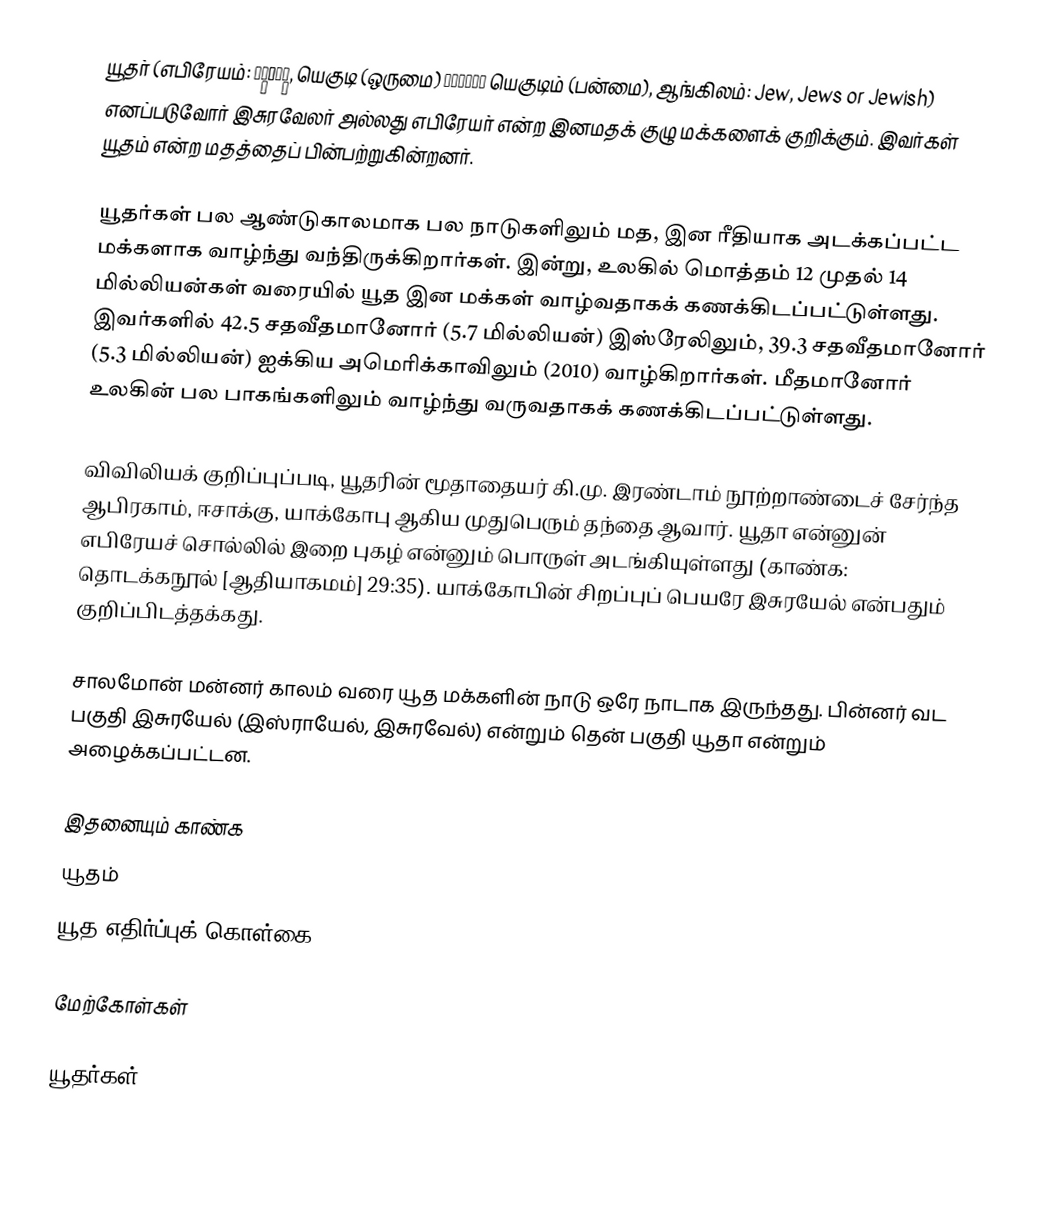
யூதர் (எபிரேயம்: יְהוּדִי, யெகுடி (ஒருமை) יהודים யெகுடிம் (பன்மை), ஆங்கிலம்: Jew, Jews or Jewish) எனப்படுவோர் இசுரவேலர் அல்லது எபிரேயர் என்ற இனமதக் குழு மக்களைக் குறிக்கும். இவர்கள் யூதம் என்ற மதத்தைப் பின்பற்றுகின்றனர்.

யூதர்கள் பல ஆண்டுகாலமாக பல நாடுகளிலும் மத, இன ரீதியாக அடக்கப்பட்ட மக்களாக வாழ்ந்து வந்திருக்கிறார்கள். இன்று, உலகில் மொத்தம் 12 முதல் 14 மில்லியன்கள் வரையில் யூத இன மக்கள் வாழ்வதாகக் கணக்கிடப்பட்டுள்ளது. இவர்களில் 42.5 சதவீதமானோர் (5.7 மில்லியன்) இஸ்ரேலிலும், 39.3 சதவீதமானோர் (5.3 மில்லியன்) ஐக்கிய அமெரிக்காவிலும் (2010) வாழ்கிறார்கள். மீதமானோர் உலகின் பல பாகங்களிலும் வாழ்ந்து வருவதாகக் கணக்கிடப்பட்டுள்ளது.

விவிலியக் குறிப்புப்படி, யூதரின் மூதாதையர் கி.மு. இரண்டாம் நூற்றாண்டைச் சேர்ந்த ஆபிரகாம், ஈசாக்கு, யாக்கோபு ஆகிய முதுபெரும் தந்தை ஆவார். யூதா என்னுன் எபிரேயச் சொல்லில் இறை புகழ் என்னும் பொருள் அடங்கியுள்ளது (காண்க: தொடக்கநூல் [ஆதியாகமம்] 29:35). யாக்கோபின் சிறப்புப் பெயரே இசுரயேல் என்பதும் குறிப்பிடத்தக்கது.

சாலமோன் மன்னர் காலம் வரை யூத மக்களின் நாடு ஒரே நாடாக இருந்தது. பின்னர் வட பகுதி இசுரயேல் (இஸ்ராயேல், இசுரவேல்) என்றும் தென் பகுதி யூதா என்றும் அழைக்கப்பட்டன.

இதனையும் காண்க
 யூதம்
 யூத எதிர்ப்புக் கொள்கை

மேற்கோள்கள்

யூதர்கள்